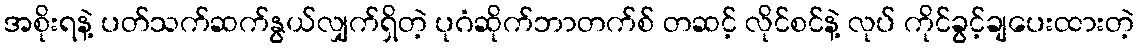
အစိုးရနဲ့ ပတ်သက်ဆက်နွယ်လျှက်ရှိတဲ့ ပုဂံဆိုက်ဘာတက်စ် တဆင့် လိုင်စင်နဲ့ လုပ် ကိုင်ခွင့်ချပေးထားတဲ့